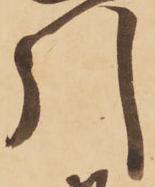
引